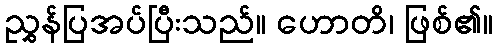
ညွှန်ပြအပ်ပြီးသည်။ ဟောတိ၊ ဖြစ်၏။